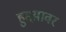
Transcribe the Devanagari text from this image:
हुद्दय़ावर